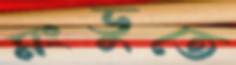
মংডুতে